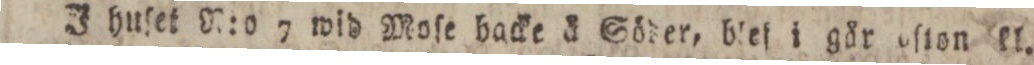
J huſet N:o 7 wid Moſe hacke å Söder, blef i går oſton kl.